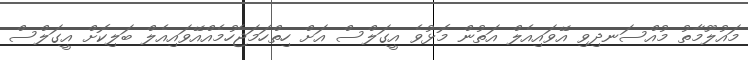
މައުލޫމާތު މުއްސަނދިވި އޭވައިއެލް އަތުން މޮޅުވެ އީގަލްސް އަށް ހިތްހަމަޖެހުމެއްއޭވައިއެލް ބަލިކޮށް އީގަލްސް